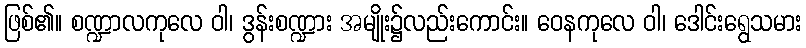
ဖြစ်၏။ စဏ္ဍာလကုလေ ဝါ၊ ဒွန်းစဏ္ဍား အမျိုး၌လည်းကောင်း။ ဝေနကုလေ ဝါ၊ ဒေါင်းရွေသမား